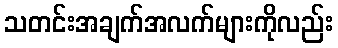
သတင်းအချက်အလက်များကိုလည်း